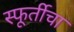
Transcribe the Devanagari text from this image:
स्फूर्तीचा